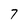
Character: 7